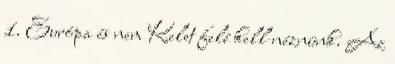
1. Európa és nem Kelet felé kell néznünk. Az